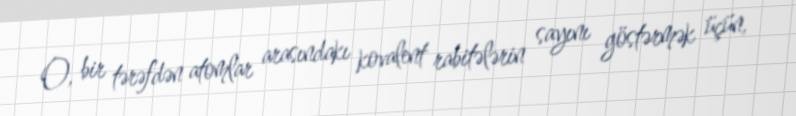
O, bir tərəfdən atomlar arasındakı kovalent rabitələrin sayını göstərmək üçün,